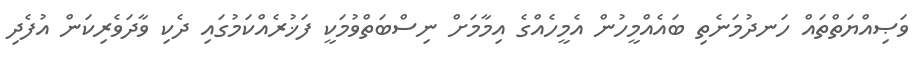
ވަޞިއްޔަތްތައް ހަނދުމަނެތި ބައެއްމީހުން އެމީހެއްގެ އިމާމަށް ނިސްބަތްވުމަކީ ފަޚުރެއްކަމުގައި ދެކި ވާދަވެރިކަން އުފެދި